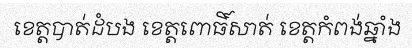
ខេត្តបាត់ដំបង ខេត្តពោធិ៍សាត់ ខេត្តកំពង់ឆ្នាំង